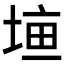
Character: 𡍠